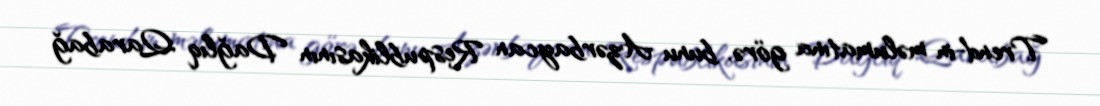
Trend-in məlumatına görə, bunu Azərbaycan Respublikasının Dağlıq Qarabağ